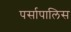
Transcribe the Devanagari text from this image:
पर्सापालिस